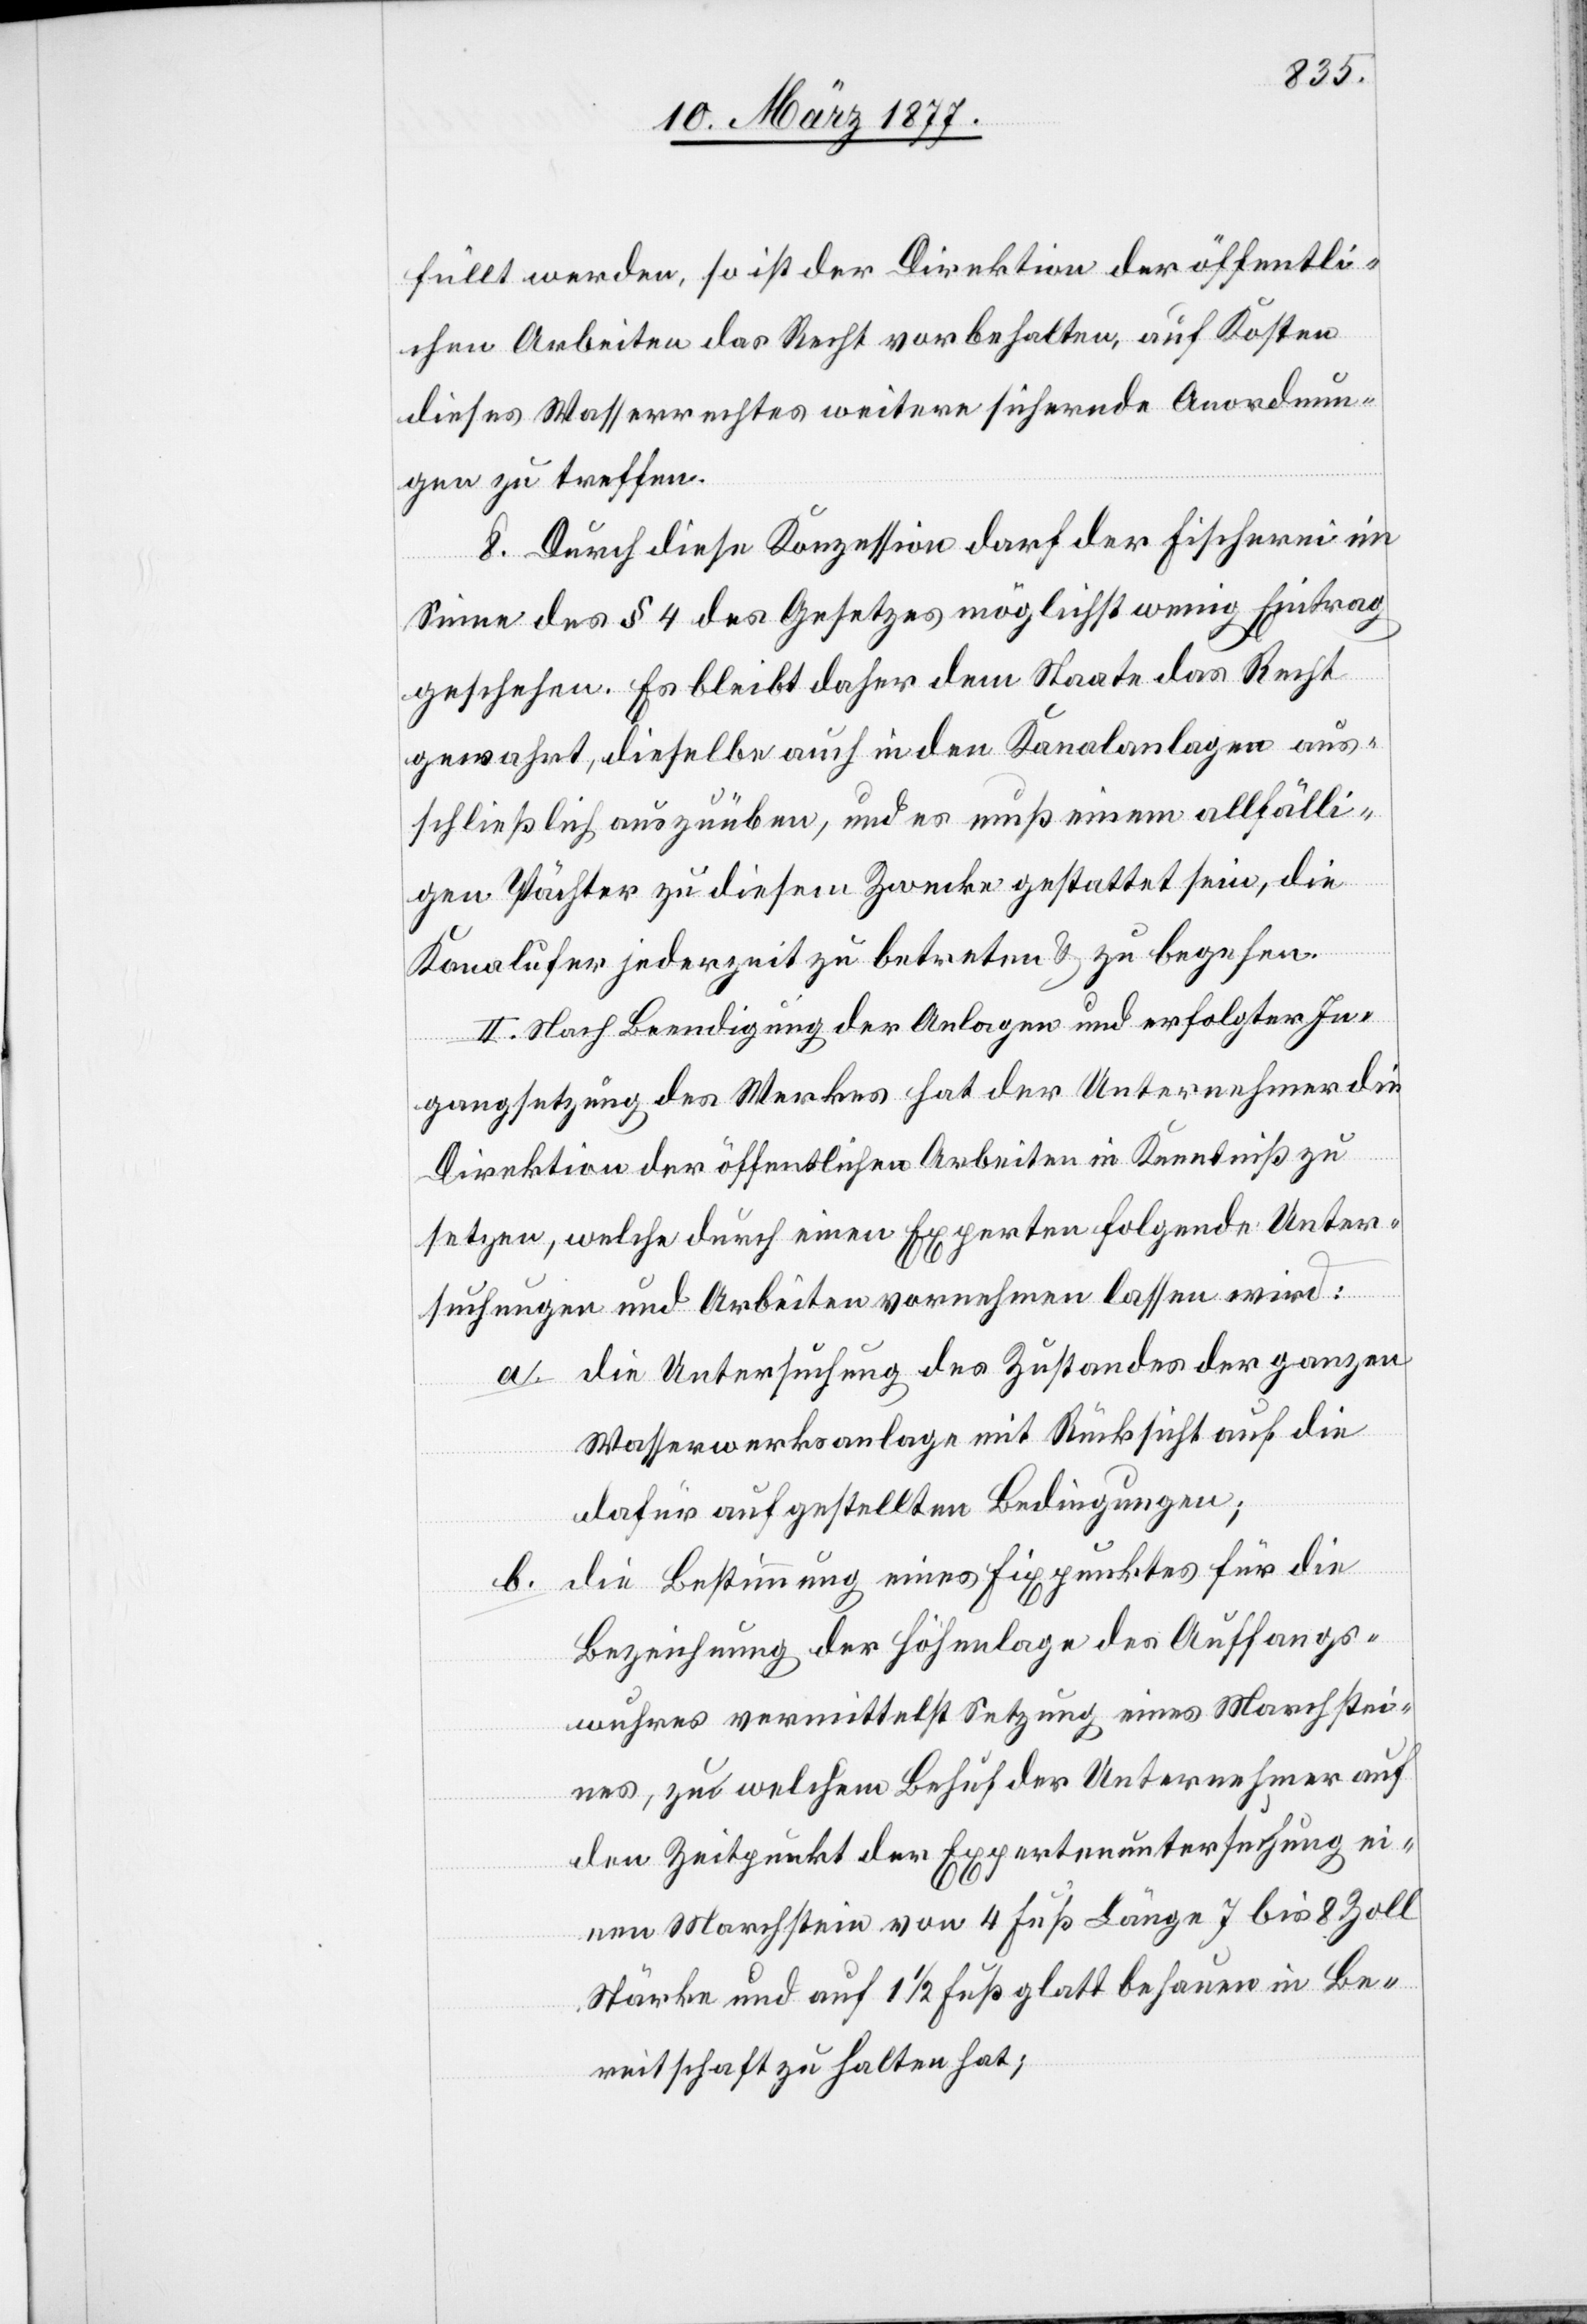
füllt werden, so ist der Direktion der öffentli¬
chen Arbeiten das Recht vorbehalten, auf Kosten
dieses Wasserrechtes [sic!] weitere sichernde Anordnun¬
gen zu treffen.
8. Durch diese Konzession darf der Fischerei im
Sinne des § 4 des Gesetzes möglichst wenig Eintrag
geschehen. Es bleibt daher dem Staate das Recht
gewahrt, dieselbe auch in den Kanalanlagen aus¬
schließlich auszuüben, und es muß einem allfälli¬
gen Pächter zu diesem Zwecke gestattet sein, die
Kanalufer jederzeit zu betreten & zu begehen.
II. Nach Beendigung der Anlagen und erfolgter In¬
gangsetzung des Werkes hat der Unternehmer die
Direktion der öffentlichen Arbeiten in Kenntniß zu
setzen, welche durch einen Experten folgende Unter¬
suchungen und Arbeiten vornehmen lassen wird:
a. die Untersuchung des Zustandes der ganzen
Wasserwerksanlage mit Rücksicht auf die
dafür aufgestellten Bedingungen;
die Bestimmung eines Fixpunktes für die
b.
Bezeichnung der Höhenlage des Auffangs¬
wuhres vermittelst Setzung eines Marchstei¬
nes, zu welchem Behuf der Unternehmer auf
den Zeitpunkt der Expertenuntersuchung ei¬
nen Marchstein von 4 Fuß Länge 7 bis 8 Zoll
Stärke und auf 1 1/2 Fuß glatt behauen in Be¬
reitschaft zu halten hat;